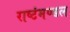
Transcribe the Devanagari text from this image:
राष्टंमण्डल